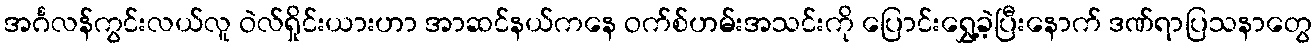
အင်္ဂလန်ကွင်းလယ်လူ ဝဲလ်ရှိုင်းယားဟာ အာဆင်နယ်ကနေ ဝက်စ်ဟမ်းအသင်းကို ပြောင်းရွှေ့ခဲ့ပြီးနောက် ဒဏ်ရာပြသနာတွေ